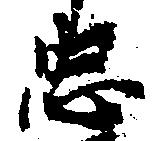
忠